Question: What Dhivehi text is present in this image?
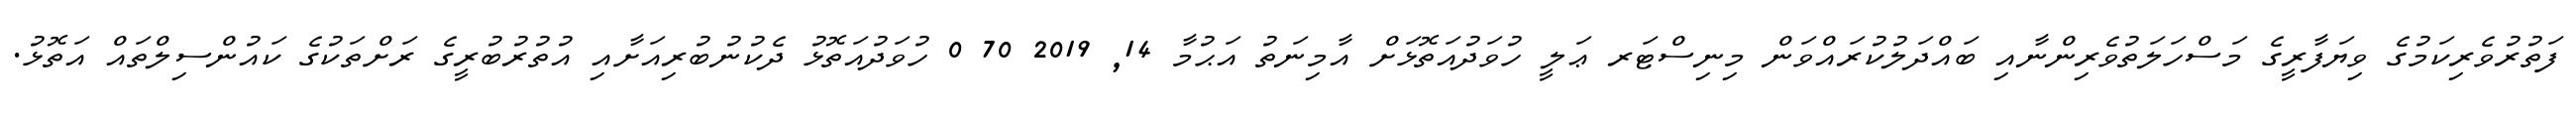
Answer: ފަތުރުވެރިކަމުގެ ވިޔަފާރީގެ މަސްހަލަތުވެރިންނާއި ބައްދަލުކުރައްވަން މިނިސްޓަރ ޢަލީ ހުވަދުއަތޮޅަށް އާމިނަތު އަޙުމާ 14, 2019 70 0 ހުވަދުއަތޮޅު ދެކުނުބުރިއަށާއި އުތުރުބުރީގެ ރަށްތަކުގެ ކައުންސިލްތައް އަތޮޅު.